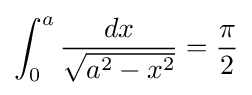
\int _{0}^{a}{\frac {dx}{\sqrt {a^{2}-x^{2}}}}={\frac {\pi }{2}}